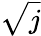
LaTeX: \sqrt{j}